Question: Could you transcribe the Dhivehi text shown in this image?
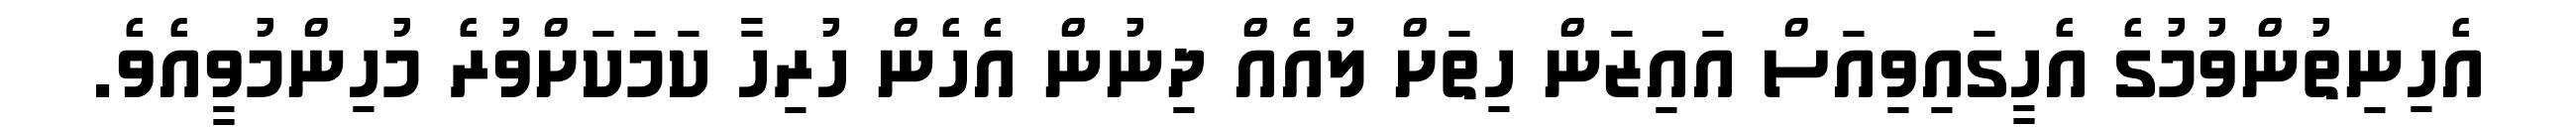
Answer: އެހިނިތުންވުމުގެ އެހީގައިވިއަސް އައިޒަން ހިތަށް ލުއެއް ދިނުން އެހެން ހުރިހާ ކަމަކަށްވުރެ މުހިންމުވީއެވެ.